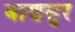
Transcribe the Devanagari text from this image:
बाणसुर